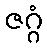
ဇဂ္ဂံ